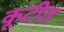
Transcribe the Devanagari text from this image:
कूटीत